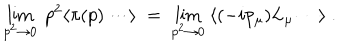
\lim _ { p ^ { 2 } \to 0 } \; p ^ { 2 } \langle \pi ( p ) \cdots \rangle \; = \; \lim _ { p ^ { 2 } \to 0 } \; \langle ( - i p _ { \mu } ) L _ { \mu } \cdots \rangle \; .